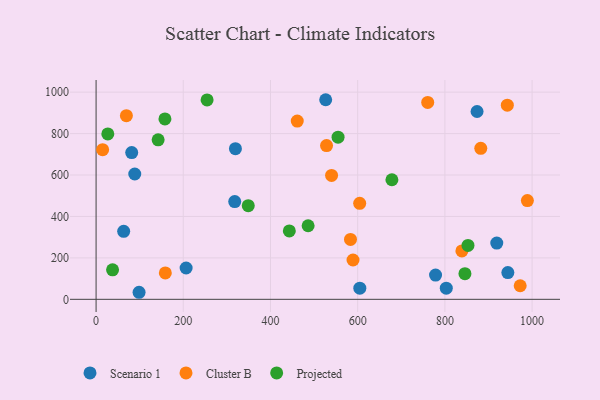
{"axis": {"x": "Speed", "y": "Yield"}, "legend": ["Cluster B", "Projected", "Scenario 1"], "data": [{"x": "206.5", "y": 151.1, "type": "Scenario 1"}, {"x": "803.2", "y": 53.6, "type": "Scenario 1"}, {"x": "88.7", "y": 604.8, "type": "Scenario 1"}, {"x": "526.6", "y": 963.4, "type": "Scenario 1"}, {"x": "98.6", "y": 34.0, "type": "Scenario 1"}, {"x": "944.4", "y": 128.9, "type": "Scenario 1"}, {"x": "604.9", "y": 53.6, "type": "Scenario 1"}, {"x": "319.6", "y": 727.0, "type": "Scenario 1"}, {"x": "81.7", "y": 708.4, "type": "Scenario 1"}, {"x": "919.0", "y": 271.6, "type": "Scenario 1"}, {"x": "778.6", "y": 116.9, "type": "Scenario 1"}, {"x": "63.3", "y": 328.0, "type": "Scenario 1"}, {"x": "318.0", "y": 471.9, "type": "Scenario 1"}, {"x": "873.8", "y": 906.5, "type": "Scenario 1"}, {"x": "989.2", "y": 476.6, "type": "Cluster B"}, {"x": "528.6", "y": 742.2, "type": "Cluster B"}, {"x": "540.1", "y": 598.1, "type": "Cluster B"}, {"x": "69.5", "y": 886.3, "type": "Cluster B"}, {"x": "158.8", "y": 127.3, "type": "Cluster B"}, {"x": "589.3", "y": 189.9, "type": "Cluster B"}, {"x": "943.2", "y": 937.2, "type": "Cluster B"}, {"x": "760.6", "y": 950.6, "type": "Cluster B"}, {"x": "583.5", "y": 288.9, "type": "Cluster B"}, {"x": "882.3", "y": 729.0, "type": "Cluster B"}, {"x": "839.0", "y": 233.7, "type": "Cluster B"}, {"x": "15.0", "y": 722.4, "type": "Cluster B"}, {"x": "972.7", "y": 65.4, "type": "Cluster B"}, {"x": "604.6", "y": 463.2, "type": "Cluster B"}, {"x": "461.4", "y": 860.5, "type": "Cluster B"}, {"x": "555.0", "y": 782.8, "type": "Projected"}, {"x": "443.2", "y": 330.0, "type": "Projected"}, {"x": "678.5", "y": 577.1, "type": "Projected"}, {"x": "254.6", "y": 962.6, "type": "Projected"}, {"x": "37.8", "y": 142.2, "type": "Projected"}, {"x": "853.0", "y": 260.0, "type": "Projected"}, {"x": "26.9", "y": 798.3, "type": "Projected"}, {"x": "157.9", "y": 870.5, "type": "Projected"}, {"x": "349.0", "y": 451.8, "type": "Projected"}, {"x": "486.3", "y": 355.2, "type": "Projected"}, {"x": "846.0", "y": 123.9, "type": "Projected"}, {"x": "142.3", "y": 770.0, "type": "Projected"}]}